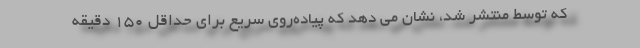
که توسط منتشر شد، نشان می دهد که پیاده‌روی سریع برای حداقل 150 دقیقه